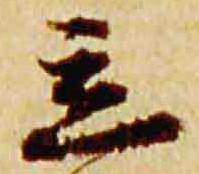
立